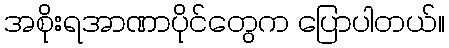
အစိုးရအာဏာပိုင်တွေက ပြောပါတယ်။